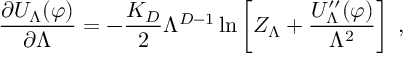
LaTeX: \frac { \partial U _ { \Lambda } ( \varphi ) } { \partial \Lambda } = - \frac { K _ { D } } { 2 } \Lambda ^ { D - 1 } \ln \left[ Z _ { \Lambda } + \frac { U _ { \Lambda } ^ { \prime \prime } ( \varphi ) } { \Lambda ^ { 2 } } \right] \; ,